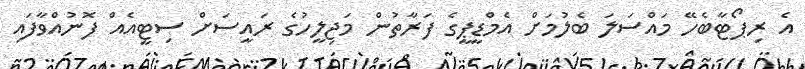
އެ ރިޕޯޓާބެހޭ މައްސަލަ ބެލުމަށް އެމްޑީޕީގެ ފަރާތުން މަޖިލީހުގެ ރައީސަށް ސިޓީއެއް ފޮނުއްވާފައި